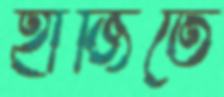
হাজিতে